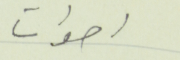
اصوات